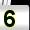
Digit: 5